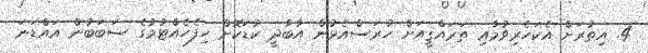
4. އިތުރަށް އެކަހެރިވުމާއި ތަރައްޤީއަށް ހުރަސްއެޅުން އާބާދީ ކުޑަކޮށް ހިފެހެއްޓުމުގެ ސަބަބުން އައްޑަނަ